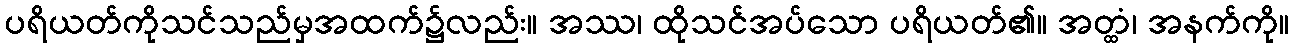
ပရိယတ်ကိုသင်သည်မှအထက်၌လည်း။ အဿ၊ ထိုသင်အပ်သော ပရိယတ်၏။ အတ္ထံ၊ အနက်ကို။